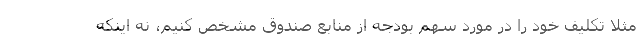
مثلا تکلیف خود را در مورد سهم بودجه از منابع صندوق مشخص کنیم، نه اینکه